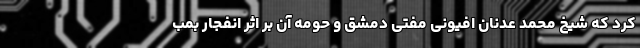
کرد که شیخ محمد عدنان افیونی مفتی دمشق و حومه آن بر اثر انفجار بمب